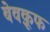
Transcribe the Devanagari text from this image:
बेवक़ूफ